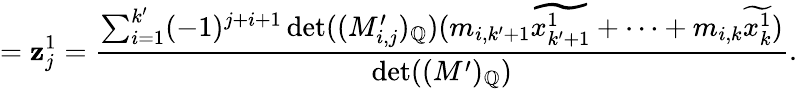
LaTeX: =\mathbf{z}_{j}^{1}=\frac{{\sum_{i=1}^{k^{\prime}}(-1)^{j+i+1}\operatorname*{det}((M_{i,j}^{\prime})_{\mathbb{{Q}}})(m_{i,k^{\prime}+1}\widetilde{{x_{k^{\prime}+1}^{1}}}+\dots+m_{i,k}\widetilde{{x_{k}^{1}}})}}{{\operatorname*{det}((M^{\prime})_{\mathbb{{Q}}})}}.